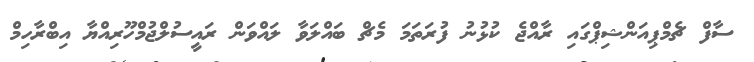
ސާފް ޗެމްޕިއަންޝިޕްގައި ރާއްޖެ ކުޅުނު ފުރަތަމަ މެޗް ބައްލަވާ ލައްވަން ރައީސުލްޖުމްހޫރިއްޔާ އިބްރާހިމް